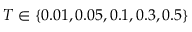
T \in \{ 0 . 0 1 , 0 . 0 5 , 0 . 1 , 0 . 3 , 0 . 5 \}